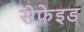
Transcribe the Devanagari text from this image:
सेफेइड